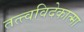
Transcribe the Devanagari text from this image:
तत्त्वविदेकात्मा